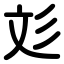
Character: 彣